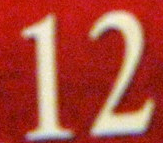
12